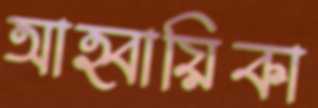
আহ্বায়িকা